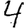
Digit: 4